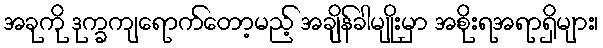
အခုကို ဒုက္ခကျရောက်တော့မည့် အချိန်ခါမျိုးမှာ အစိုးရအရာရှိများ၊